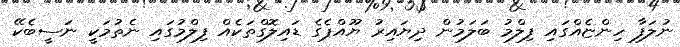
ނުލަފާ ހިންޏެއްގައި ފިލްމު ބަލަމުން ދިޔައިރު ޔޫއްޕެގެ ޑައިލޮގްތަކެއް ފިލްމުގައި ނެތުމަކީ ނަސީބެކޭ